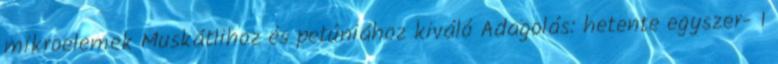
mikroelemek Muskátlihoz és petúniához kiváló Adagolás: hetente egyszer- 1